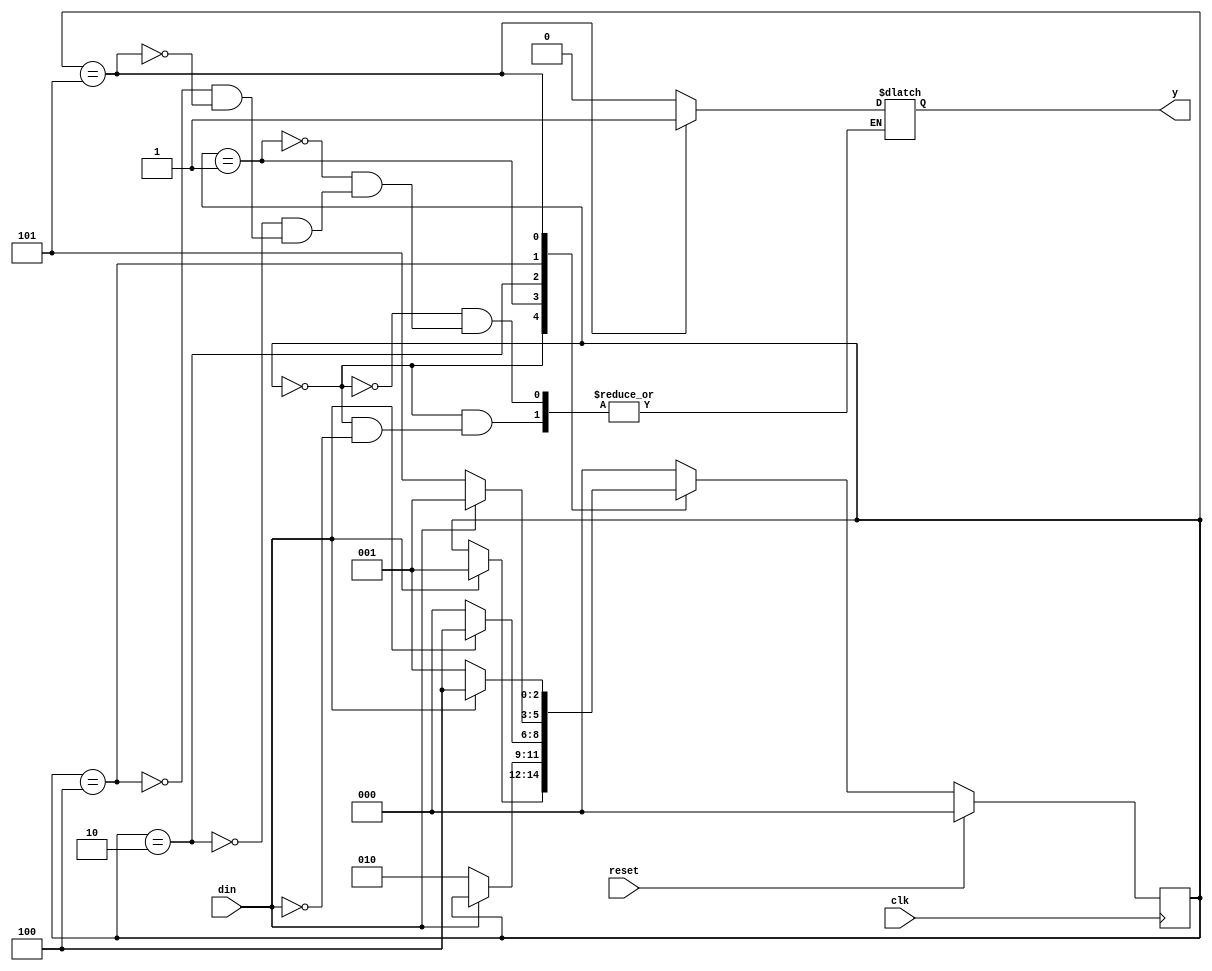
module morfsmolp(din, reset, clk, y);
input din;
input clk;
input reset;
output reg y;
reg [2:0] cst, nst;
parameter S0 = 3'b000,
          S1 = 3'b001,
          S2 = 3'b010,
          S3 = 3'b100,
            S4 = 3'b101;
always @(cst or din)
 begin
 case (cst)
   S0: if (din == 1'b1)
          begin
         nst = S1;
          y=1'b0;
          end
      else nst = cst;
   S1: if (din == 1'b0)
          begin
        nst = S2;
          y=1'b0;
          end
       else
          begin
          nst = cst;
          y=1'b0;
          end
   S2: if (din == 1'b1)
          begin
         nst = S3;
          y=1'b0;
          end    
            else
          begin
          nst = S0;
          y=1'b0;
          end
   S3: if (din == 1'b0)
          begin
         nst = S4;
          y=1'b0;
          end
       else
          begin
          nst = S1;
          y=1'b0;
          end
S4: if (din == 1'b0)
          begin
         nst = S1;
          y=1'b1;
          end
          else
          begin
          nst = S3;
          y=1'b1;
          end
   default: nst = S0;
  endcase
end
always@(posedge clk)
begin
          if (reset)
          cst <= S0;
          else
            cst <= nst;
end
endmodule